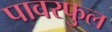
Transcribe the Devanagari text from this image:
पावरफुल